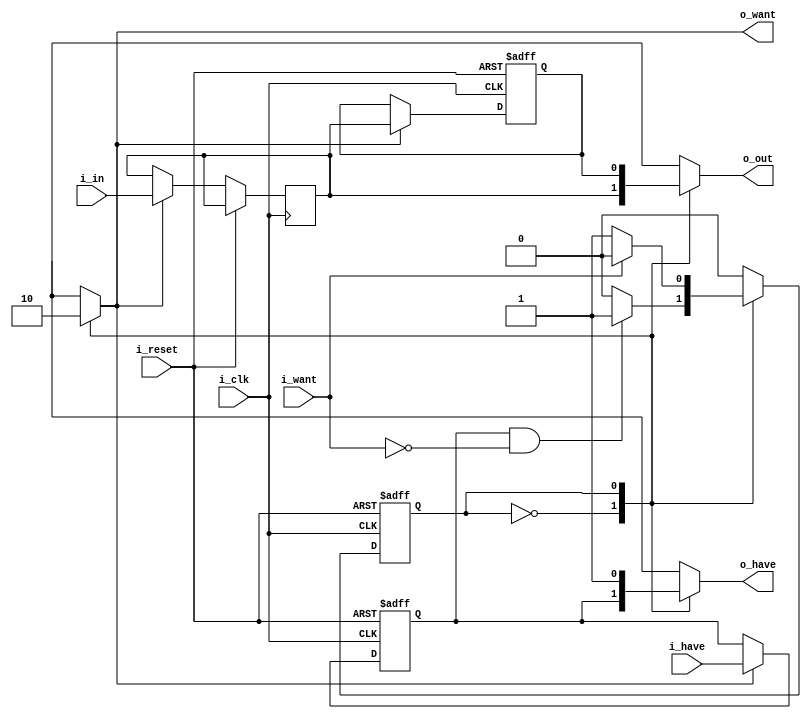
module pipe_interlock #
(
	parameter WIDTH = 1,
	parameter REGISTERED = 1
)
(
	input i_clk,
	input i_reset,
	
	input [WIDTH-1:0] i_in,
	input i_have,
	output reg o_want,
	
	output reg [WIDTH-1:0] o_out,
	output reg o_have,
	input i_want
);

reg [WIDTH-1:0] i2o_saved_data;
reg [WIDTH-1:0] i2o_data;
reg i2o_have;

generate
	if (REGISTERED) begin : registered
		always @ (posedge i_clk or posedge i_reset) begin
			if (i_reset) begin
				i2o_have <= 1'b0;
			end
			else if (o_want) begin
				i2o_have <= i_have;
				i2o_data <= i_in;
			end
		end
	end
	else begin
		always @* begin
			i2o_have = i_have;
			i2o_data = i_in;
		end
	end
endgenerate

	
always @ (posedge i_clk or posedge i_reset) begin
	if (i_reset) begin
		i2o_saved_data <= 'bx;
	end
	else if (o_want) begin
		i2o_saved_data <= i2o_data;
	end
end

reg blocked;
always @ (posedge i_clk or posedge i_reset) begin
	if (i_reset) begin
		blocked <= 1'b0;
	end
	else begin
		case (blocked)
			1'b0: begin
				if (i2o_have && !i_want) blocked <= 1'b1;
			end
			
			1'b1: begin
				if (i_want) blocked <= 1'b0;
			end
		endcase
	end
end

always @* begin
	case (blocked)
		1'b0: begin
			o_have = i2o_have;
			o_out = i2o_data;
			o_want = 1'b1;
		end
		
		1'b1: begin
			o_have = 1'b1;
			o_out = i2o_saved_data;
			o_want = 1'b0;
		end
	endcase
end


endmodule